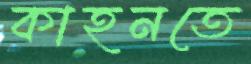
কাহনতে